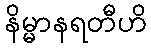
နိမ္မာနရတီဟိ